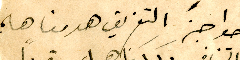
حواجزَ التفريق هدمناها ؛